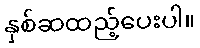
နှစ်ဆထည့်ပေးပါ။